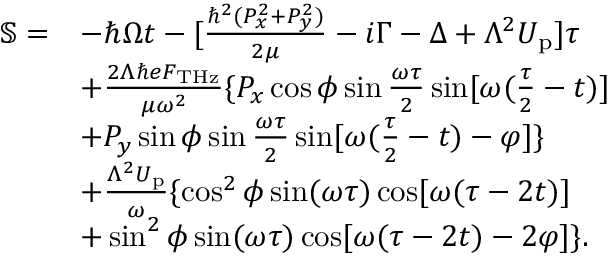
\begin{array} { r l } { \mathbb { S } = } & { - \hbar \Omega t - [ \frac { \hbar ^ { 2 } ( P _ { x } ^ { 2 } + P _ { y } ^ { 2 } ) } { 2 \mu } - i \Gamma - \Delta + \Lambda ^ { 2 } U _ { \mathrm { p } } ] \tau } \\ & { + \frac { 2 \Lambda \hbar e F _ { \mathrm { T H z } } } { \mu \omega ^ { 2 } } \{ P _ { x } \cos \phi \sin \frac { \omega \tau } { 2 } \sin [ \omega ( \frac { \tau } { 2 } - t ) ] } \\ & { + P _ { y } \sin \phi \sin \frac { \omega \tau } { 2 } \sin [ \omega ( \frac { \tau } { 2 } - t ) - \varphi ] \} } \\ & { + \frac { \Lambda ^ { 2 } U _ { \mathrm { p } } } { \omega } \{ \cos ^ { 2 } \phi \sin ( \omega \tau ) \cos [ \omega ( \tau - 2 t ) ] } \\ & { + \sin ^ { 2 } \phi \sin ( \omega \tau ) \cos [ \omega ( \tau - 2 t ) - 2 \varphi ] \} . } \end{array}